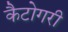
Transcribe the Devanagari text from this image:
कैटोगरी